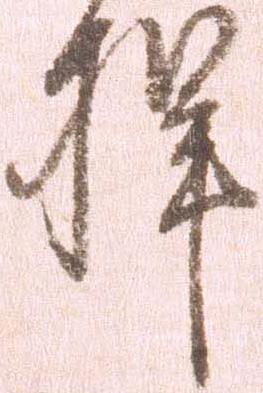
捍